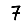
Digit: 7